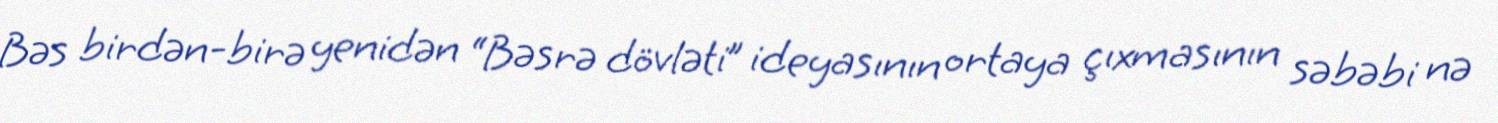
Bəs birdən-birə yenidən “Bəsrə dövləti” ideyasının ortaya çıxmasının səbəbi nə